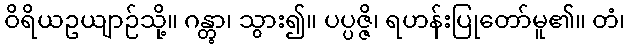
ဝိရိယဥယျာဉ်သို့။ ဂန္တွာ၊ သွား၍။ ပပ္ပဇ္ဇိ၊ ရဟန်းပြုတော်မူ၏။ တံ၊